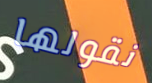
نقولها